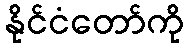
နိုင်ငံတော်ကို